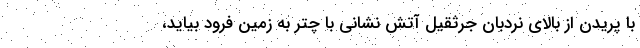
با پریدن از بالای نردبان جرثقیل آتش نشانی با چتر به زمین فرود بیاید،